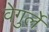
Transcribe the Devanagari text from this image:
वेगुर्ले